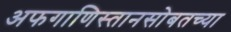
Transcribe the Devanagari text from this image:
अफगाणिस्तानसोबतच्या